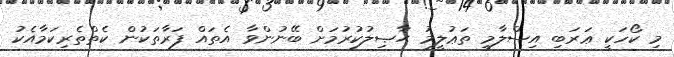
މި ކޯހަކީ ޢަރަބި އިސްލާމީ ތަޢުލީމު ޙާޞިލުކުރުމަށް ބޭނުންވާ އެތައް ފަރާތަކުން ކެތްތެރިކަމާއެކު